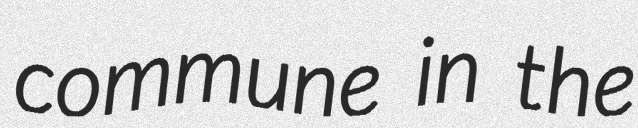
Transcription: commune in the